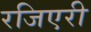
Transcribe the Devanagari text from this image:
रजिएरी